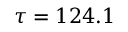
\tau = 1 2 4 . 1